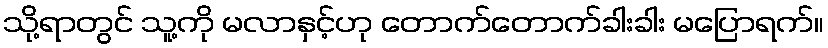
သို့ရာတွင် သူ့ကို မလာနှင့်ဟု တောက်တောက်ခါးခါး မပြောရက်။